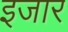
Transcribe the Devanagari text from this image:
इजार